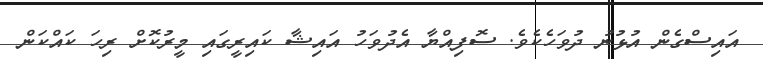
އައިސްގެން އުޅުނު ދުވަހެކެވެ. ސޮފިއްޔާ އެދުވަހު އައިޝާ ކައިރީގައި މީރުކޮށް ރިހަ ކައްކަން